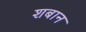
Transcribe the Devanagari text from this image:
शबान